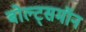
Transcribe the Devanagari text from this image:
बोल्ट्समॉन